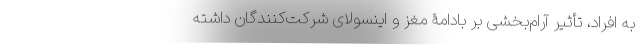
به افراد، تأثیر آرام‌بخشی بر بادامۀ مغز و اینسولای شرکت‌کنندگان داشته